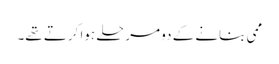
ممی بنانے کے دو مرحلے ہوا کرتے تھے۔